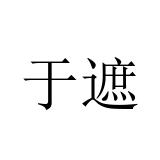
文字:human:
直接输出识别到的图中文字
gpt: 于遮